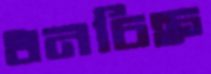
ধনচিহ্ন